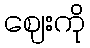
ဈေးကို